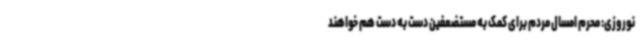
نوروزی: محرم امسال مردم برای کمک به مستضعفین دست به دست هم خواهند